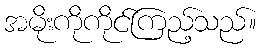
အမိုးကိုကိုင်ကြည့်သည်။